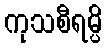
ကုသစီရမ္ပိ